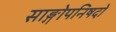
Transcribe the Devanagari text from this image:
साङ्गोपनिषदो